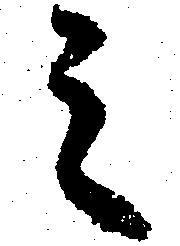
之